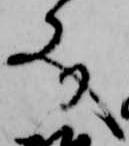
文